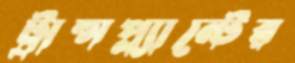
ট্রান্সপ্ল্যান্টের